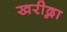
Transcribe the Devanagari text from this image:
खरीद्ना